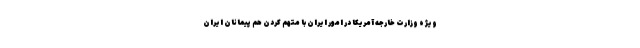
ویژه وزارت خارجه آمریکا در امور ایران با متهم کردن هم پیمانان ایران